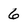
Character: 6